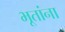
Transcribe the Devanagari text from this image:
भूतांना